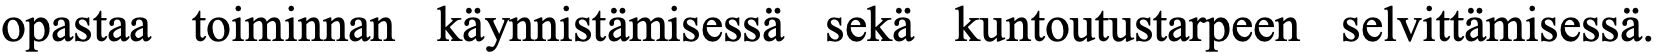
opastaa toiminnan käynnistämisessä sekä kuntoutustarpeen selvittämisessä.